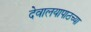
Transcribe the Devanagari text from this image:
देवालयापाठच्या